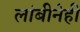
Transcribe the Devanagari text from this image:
लांबीनेही